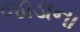
જાડાના